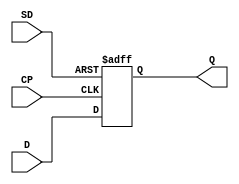
module notech_reg_set (CP,SD,D,Q);
input CP,SD,D;
output reg Q;
always @(posedge CP or negedge SD) if (SD==0) Q <= 1; else Q<=D;
endmodule